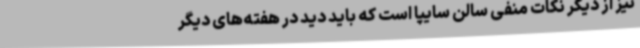
نیز از دیگر نکات منفی سالن سایپا است که باید دید در هفته‌های دیگر